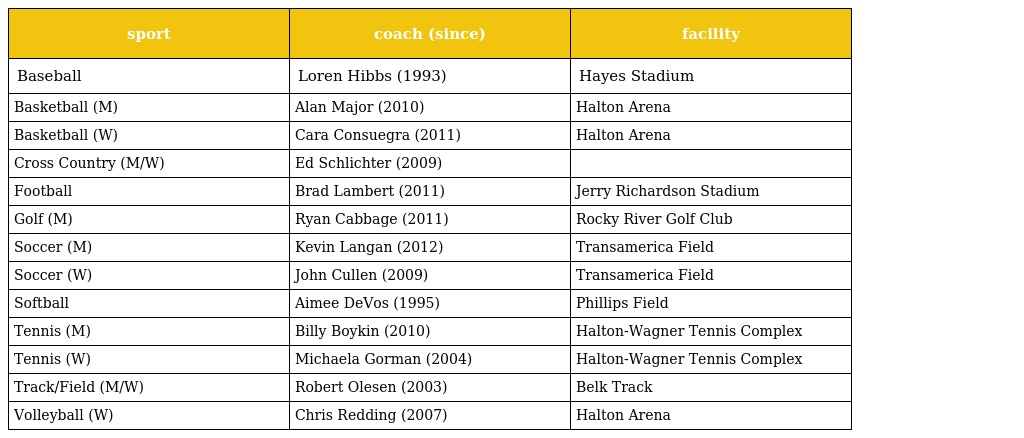
| sport | coach (since) | facility |
 | --- | --- | --- |
 | Baseball | Loren Hibbs (1993) | Hayes Stadium |
 | Basketball (M) | Alan Major (2010) | Halton Arena |
 | Basketball (W) | Cara Consuegra (2011) | Halton Arena |
 | Cross Country (M/W) | Ed Schlichter (2009) |  |
 | Football | Brad Lambert (2011) | Jerry Richardson Stadium |
 | Golf (M) | Ryan Cabbage (2011) | Rocky River Golf Club |
 | Soccer (M) | Kevin Langan (2012) | Transamerica Field |
 | Soccer (W) | John Cullen (2009) | Transamerica Field |
 | Softball | Aimee DeVos (1995) | Phillips Field |
 | Tennis (M) | Billy Boykin (2010) | Halton-Wagner Tennis Complex |
 | Tennis (W) | Michaela Gorman (2004) | Halton-Wagner Tennis Complex |
 | Track/Field (M/W) | Robert Olesen (2003) | Belk Track |
 | Volleyball (W) | Chris Redding (2007) | Halton Arena |